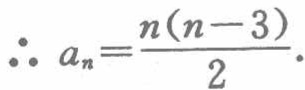
\(\therefore a_{n}=\frac{n(n - 3)}{2}.\)